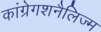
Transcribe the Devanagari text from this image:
कांग्रेगशनैलिज्म